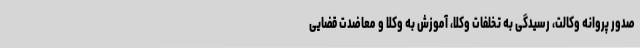
صدور پروانه وکالت، رسیدگی به تخلفات وکلا، آموزش به وکلا و معاضدت قضایی